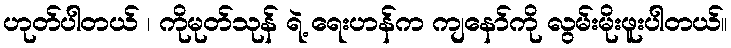
ဟုတ်ပါတယ် ၊ ကိုမုတ်သုန် ရဲ့ ရေးဟန်က ကျနော်ကို လွမ်းမိုးဖူးပါတယ်။